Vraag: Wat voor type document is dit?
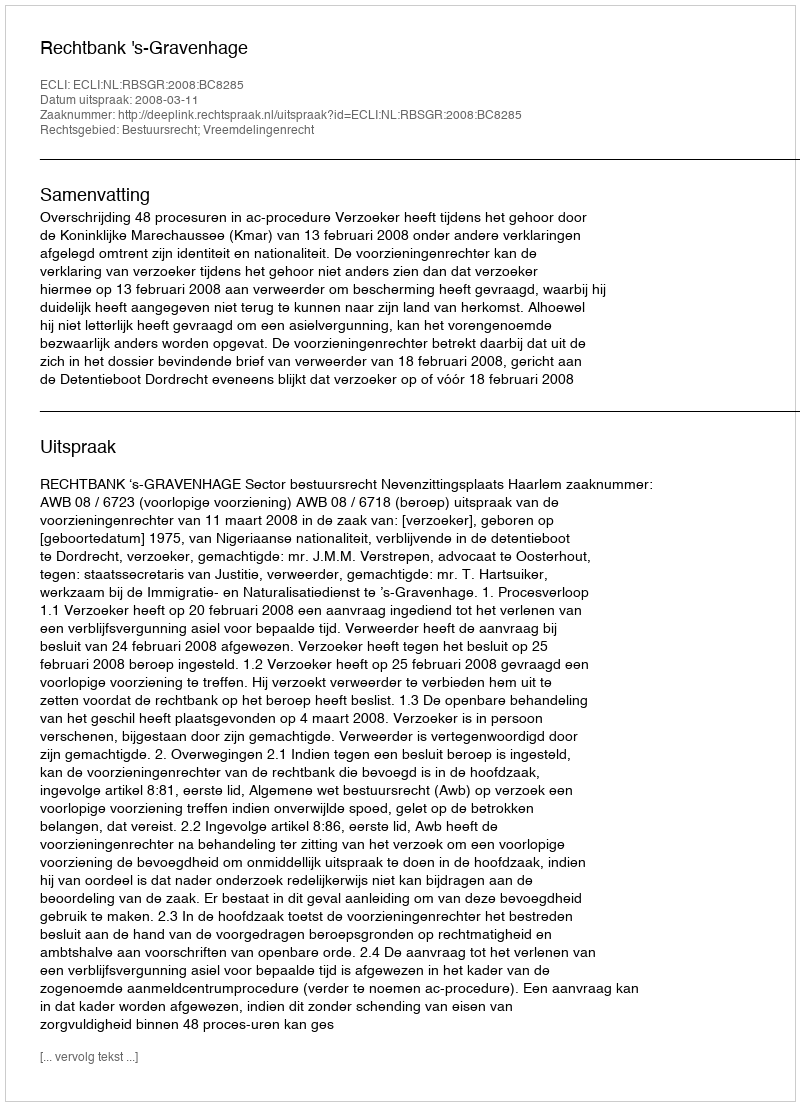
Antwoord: Uitspraak